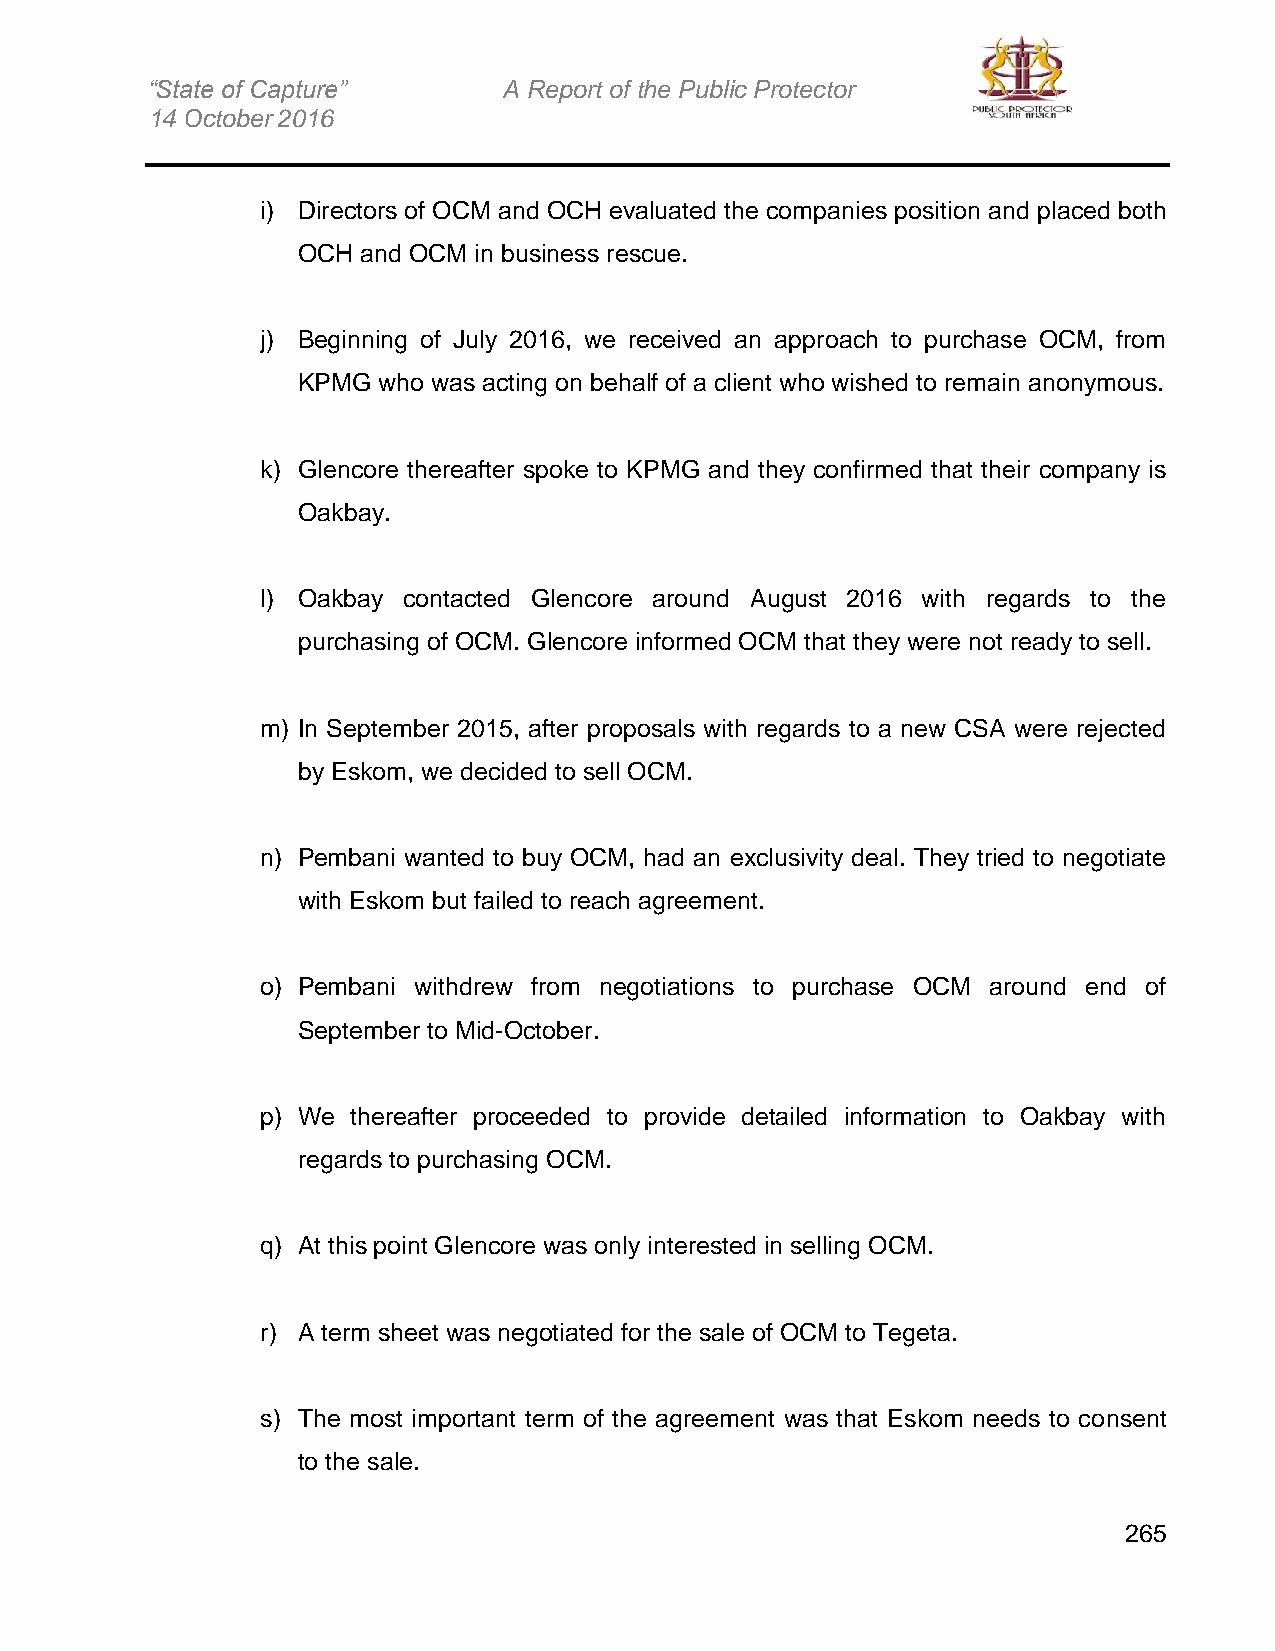
“State of Capture”     A Report of the Public Protector
 14 October 2016
 i) Directors of OCM and OCH evaluated the companies position and placed both
 OCH and OCM in business rescue.
 j) Beginning of July 2016, we received an approach to purchase OCM, from
 KPMG who was acting on behalf of a client who wished to remain anonymous.
 k) Glencore thereafter spoke to KPMG and they confirmed that their company is
 Oakbay.
 l) Oakbay contacted Glencore around August 2016 with regards to the
 purchasing of OCM. Glencore informed OCM that they were not ready to sell.
 m) In September 2015, after proposals with regards to a new CSA were rejected
 by Eskom, we decided to sell OCM.
 n) Pembani wanted to buy OCM, had an exclusivity deal. They tried to negotiate
 with Eskom but failed to reach agreement.
 o) Pembani withdrew from negotiations to purchase OCM around end of
 September to Mid-October.
 p) We thereafter proceeded to provide detailed information to Oakbay with
 regards to purchasing OCM.
 q) At this point Glencore was only interested in selling OCM.
 r) A term sheet was negotiated for the sale of OCM to Tegeta.
 s) The most important term of the agreement was that Eskom needs to consent
 to the sale.
 265